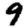
Digit: 9